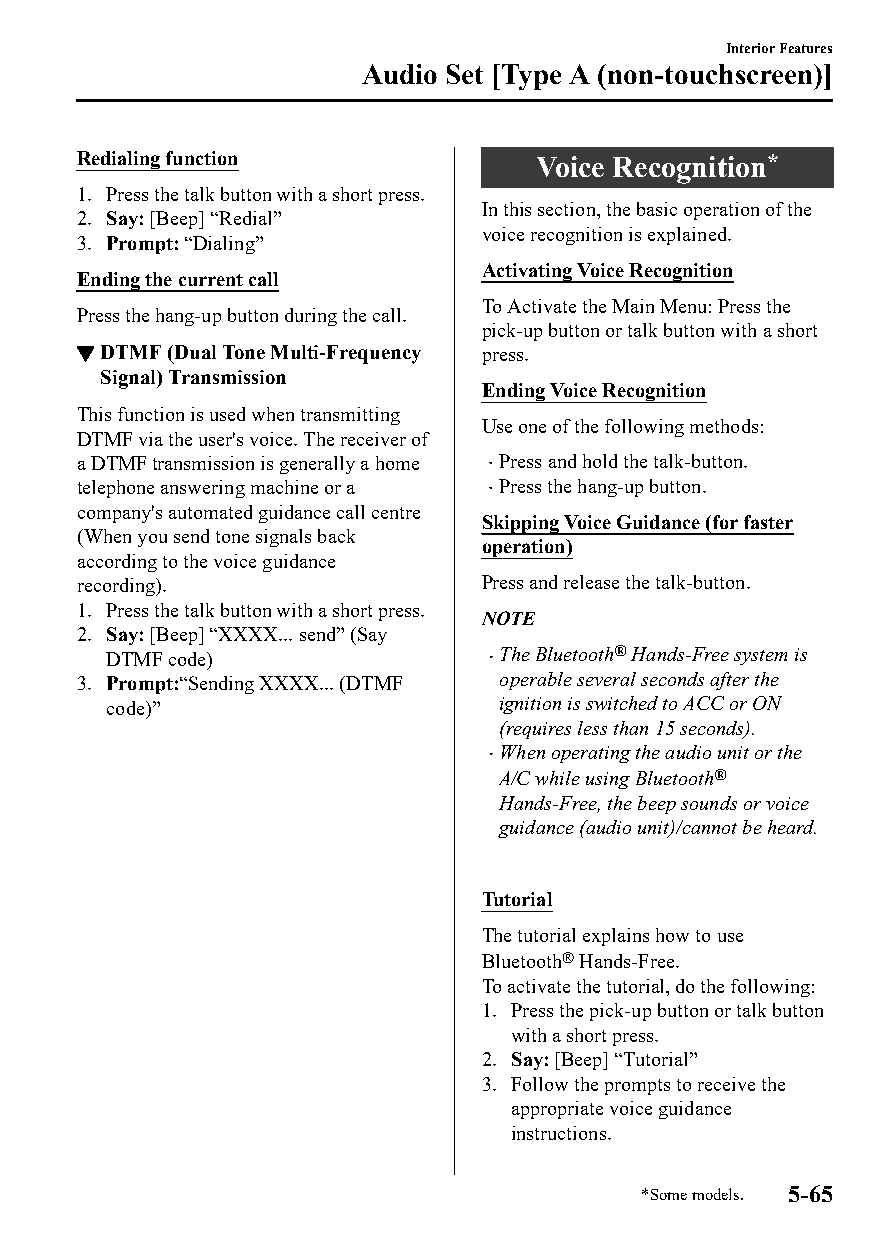
Interior Features
 Audio Set [Type A (non-touchscreen)]
 Redialing function            Voice Recognition*
 1. Press the talk button with a short press.
 In this section, the basic operation of the
 2. Say: [Beep] “Redial”
 voice recognition is explained.
 3. Prompt: “Dialing”
 Activating Voice Recognition
 Ending the current call
 To Activate the Main Menu: Press the
 Press the hang-up button during the call.
 pick-up button or talk button with a short
 ▼DTMF (Dual Tone Multi-Frequency press.
 Signal) Transmission
 Ending Voice Recognition
 This function is used when transmitting
 Use one of the following methods:
 DTMF via the user's voice. The receiver of
 a DTMF transmission is generally a home  Press and hold the talk-button.
 telephone answering machine or a  Press the hang-up button.
 company's automated guidance call centre
 Skipping Voice Guidance (for faster
 (When you send tone signals back
 operation)
 according to the voice guidance
 recording).                Press and release the talk-button.
 1. Press the talk button with a short press.
 NOTE
 2. Say: [Beep] “XXXX... send” (Say
 DTMF code)               The Bluetooth® Hands-Free system is
 3. Prompt:“Sending XXXX... (DTMF operable several seconds after the
 code)”                    ignition is switched to ACC or ON
 (requires less than 15 seconds).
 When operating the audio unit or the
 
 A/C while using Bluetooth®
 Hands-Free, the beep sounds or voice
 guidance (audio unit)/cannot be heard.
 Tutorial
 The tutorial explains how to use
 Bluetooth® Hands-Free.
 To activate the tutorial, do the following:
 1. Press the pick-up button or talk button
 with a short press.
 2. Say: [Beep] “Tutorial”
 3. Follow the prompts to receive the
 appropriate voice guidance
 instructions.
 *Some models. 5-65
 CX-3_8GT4-EE-18D_Edition4                  2018-9-6 18:32:19